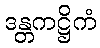
ဒန္တကဋ္ဌိကံ